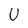
Character: U